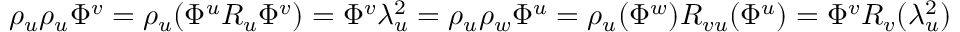
\rho _ { u } \rho _ { u } \Phi ^ { v } = \rho _ { u } ( \Phi ^ { u } R _ { u } \Phi ^ { v } ) = \Phi ^ { v } \lambda _ { u } ^ { 2 } = \rho _ { u } \rho _ { w } \Phi ^ { u } = \rho _ { u } ( \Phi ^ { w } ) R _ { v u } ( \Phi ^ { u } ) = \Phi ^ { v } R _ { v } ( \lambda _ { u } ^ { 2 } )